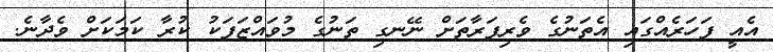
އެއީ ފަހަރެއްގައި އެތަނުގެ ވެރިފަރާތަށް ނޭނގި ތަނުގެ މުވައްޒަފަކު ކުރާ ކަމަކަށް ވެދާނެ.